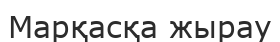
Марқасқа жырау